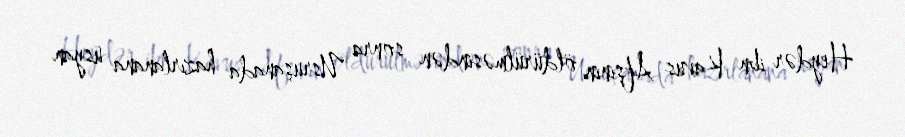
Heydər ibn Kavus Afşinin öldürülməsindən sonra Usruşanada hazırlanana üsyan